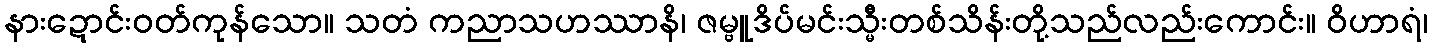
နားဍောင်းဝတ်ကုန်သော။ သတံ ကညာသဟဿာနိ၊ ဇမ္ဗူဒိပ်မင်းသ္မီးတစ်သိန်းတို့သည်လည်းကောင်း။ ဝိဟာရံ၊